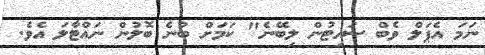
ނަމަ އެޕަލް ވެބް ސައިޓުން ލިބޭނެ" ކަމަށް ބުނެ ބޮލުން ނައްޓާލަ އެވެ.